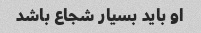
او باید بسیار شجاع باشد